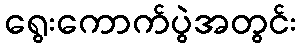
ရွေးကောက်ပွဲအတွင်း